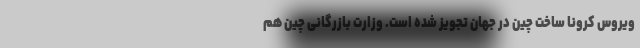
ویروس کرونا ساخت چین در جهان تجویز شده است. وزارت بازرگانی چین هم